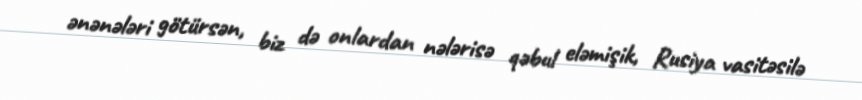
ənənələri götürsən, biz də onlardan nələrisə qəbul eləmişik, Rusiya vasitəsilə